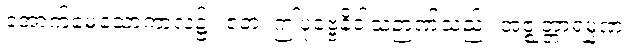
အောက်မေ့သောကာလ၌။ ဧတံ၊ ဤပုဗ္ဗေနိဝါသဉာဏ်သည်။ အဇ္ဈတ္တာရမ္မဏံ၊